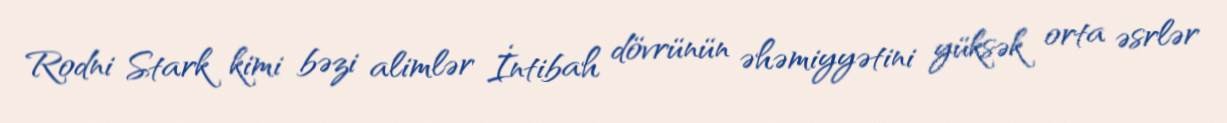
Rodni Stark kimi bəzi alimlər İntibah dövrünün əhəmiyyətini yüksək orta əsrlər